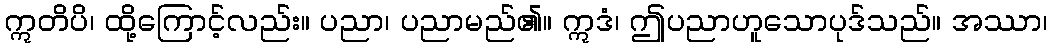
ဣတိပိ၊ ထို့ကြောင့်လည်း။ ပညာ၊ ပညာမည်၏။ ဣဒံ၊ ဤပညာဟူသောပုဒ်သည်။ အဿာ၊